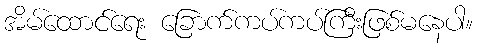
အိမ်ထောင်ရေး ခြောက်ကပ်ကပ်ကြီးဖြစ်မနေပါ။